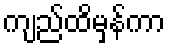
ကျည်ထိမှန်ကာ